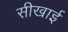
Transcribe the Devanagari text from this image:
सीखाई